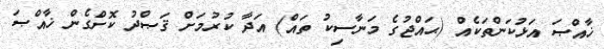
ޚާއްޞަ އަޅުކަންތަކެއް (ޙައްޖުގެ މަަނާސިކު ތައް) އަދާ ކުރުމަށް ޤަޞްދު ކޮށްގެން ޚާއްޞަ